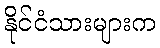
နိုင်ငံသားများက